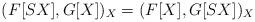
LaTeX: \begin{align*}(F[SX], G[X])_X = (F[X], G[SX])_X\end{align*}